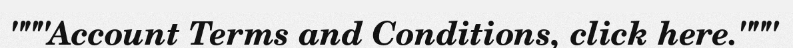
"""Account Terms and Conditions, click here."""